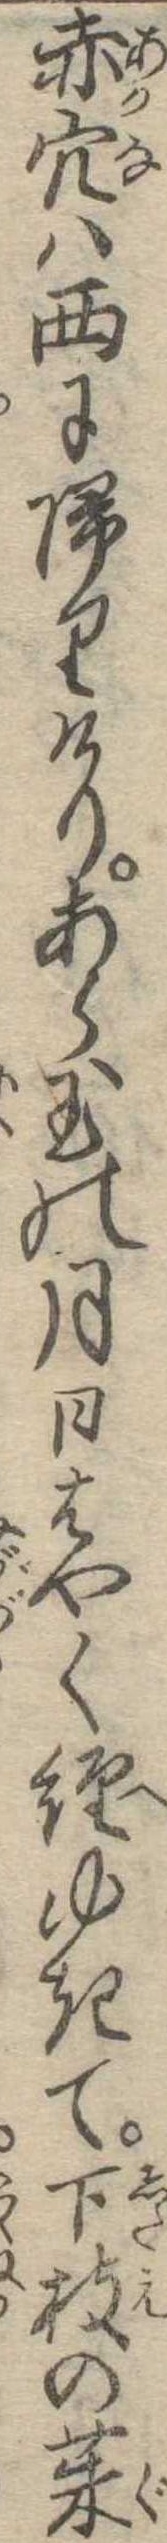
赤穴は西に帰りけりあら玉の月日はやく経ゆきて下枝の茱